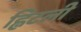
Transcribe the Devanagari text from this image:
ह्विटली